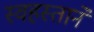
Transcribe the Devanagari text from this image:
स्वहस्ताने